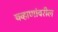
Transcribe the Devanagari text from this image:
चव्हाणांवरील